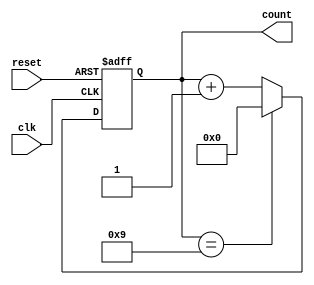
module bcd_counter (
    input wire clk,         // Clock input
    input wire reset,       // Asynchronous reset
    output reg [3:0] count  // 4-bit output to represent the BCD count
);

// Always block triggered on the rising edge of the clock
always @(posedge clk or posedge reset) begin
    if (reset) begin
        count <= 4'b0000;  // Reset the count to 0
    end else begin
        if (count == 4'b1001) begin
            count <= 4'b0000;  // Reset to 0 when count exceeds 9
        end else begin
            count <= count + 4'b0001;  // Increment the count
        end
    end
end

endmodule